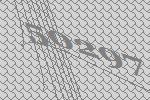
50297